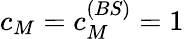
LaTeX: c_{M}=c_{M}^{(BS)}=1